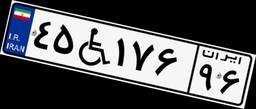
۱۶W۹۳۳۳۹